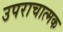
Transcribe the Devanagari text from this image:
उपराचात्मक